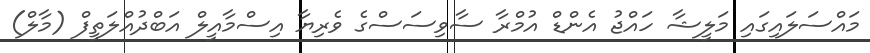
މައްސަލައިގައި މަލީޝާ ހައްޖު އެންޑް އުމްރާ ސާވިސަސްގެ ވެރިޔާ އިސްމާއީލް އަބްދުއްލަތީފް (މާލް)